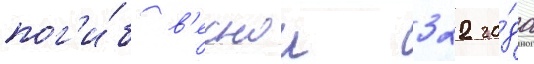
пог'и́б в'еснои 322 го́да